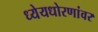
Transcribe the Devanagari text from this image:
ध्येयधोरणांवर